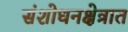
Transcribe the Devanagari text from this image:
संशोधनक्षेत्रात